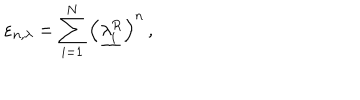
\varepsilon _ { n , \lambda } = \sum _ { i = 1 } ^ { N } \left( \underline { { { \lambda _ { i } ^ { R } } } } \right) ^ { n } \, ,